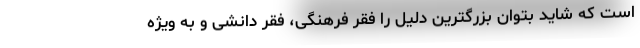
است که شاید بتوان بزرگترین دلیل را فقر فرهنگی، فقر دانشی و به ویژه